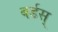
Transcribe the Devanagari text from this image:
बर्डस्